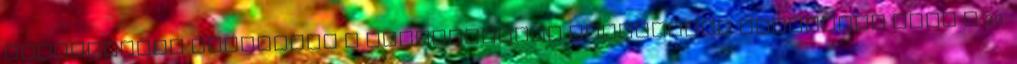
fordítottak figyelmet  elszegényedő társadalmi csoporttá vált a 20.